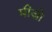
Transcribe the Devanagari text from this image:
मीज़ो